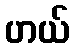
ဟယ်